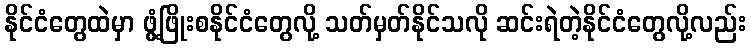
နိုင်ငံတွေထဲမှာ ဖွံ့ဖြိုးစနိုင်ငံတွေလို့ သတ်မှတ်နိုင်သလို ဆင်းရဲတဲ့နိုင်ငံတွေလို့လည်း